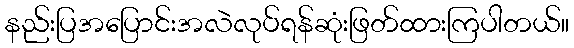
နည်းပြအပြောင်းအလဲလုပ်ရန်ဆုံးဖြတ်ထားကြပါတယ်။